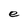
Character: e